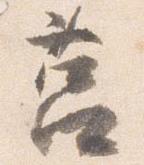
莒